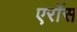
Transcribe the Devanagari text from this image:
एरॉस